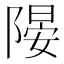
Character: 𨻂